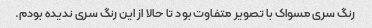
رنگ سری مسواک با تصویر متفاوت بود تا حالا از این رنگ سری ندیده بودم.